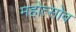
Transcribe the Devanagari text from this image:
महोत्सोव